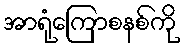
အာရုံကြောစနစ်ကို